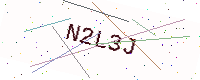
Text: N2L3J